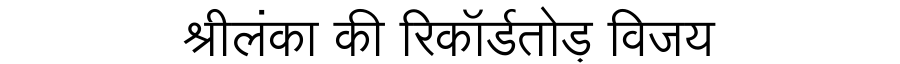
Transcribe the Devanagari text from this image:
श्रीलंका की रिकॉर्डतोड़ विजय